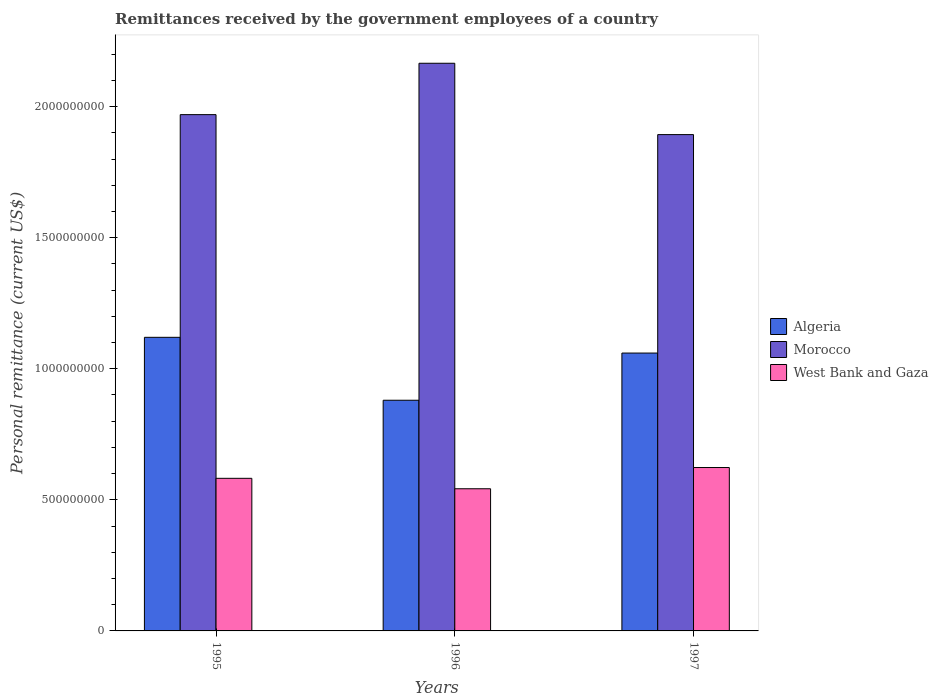
| Years | Algeria | Morocco | West Bank and Gaza |
 | --- | --- | --- | --- |
 | 1995 | 1.12e+09 | 1.97e+09 | 5.82e+08 |
 | 1996 | 8.8e+08 | 2.17e+09 | 5.42e+08 |
 | 1997 | 1.06e+09 | 1.89e+09 | 6.23e+08 |